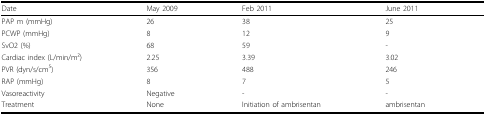
| Date | May 2009 | Feb 2011 | June 2011 |
 | --- | --- | --- | --- |
 | PAP m (mmHg) | 26 | 38 | 25 |
 | PCWP (mmHg) | 8 | 12 | 9 |
 | SvO2 (%) | 68 | 59 | - |
 | Cardiac index (L/min/m2) | 2.25 | 3.39 | 3.02 |
 | PVR (dyn/s/cm5) | 356 | 488 | 246 |
 | RAP (mmHg) | 8 | 7 | 5 |
 | Vasoreactivity | Negative | - | - |
 | Treatment | None | Initiation of ambrisentan | ambrisentan |